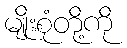
မျိုးစုံတို့ကို